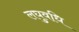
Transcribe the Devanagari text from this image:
लघुवधि